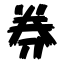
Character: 券